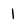
Character: 1